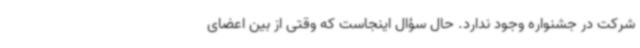
شرکت در جشنواره وجود ندارد. حال سؤال اینجاست که وقتی از بین اعضای